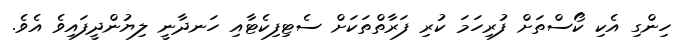
ހިންގި އެކި ކޯސްތަށް ފުރިހަމަ ކުރި ފަރާތްތަކަށް ސެޓިފިކެޓާއި ހަނދާނީ ލިޔުންދީފައިވެ އެވެ.